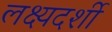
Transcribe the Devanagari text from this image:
लक्ष्यदर्शी